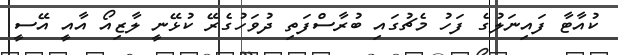
ކުއާޓާ ފައިނަލުގެ ފަހު މެޗުގައި ބުރާސްފަތި ދުވަހުގެރޭ ކުޅޭނީ ލާޒިއޯ އާއީ އޭސީ